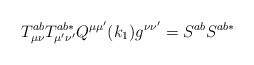
\begin{align*}T_{\mu \nu }^{ab}T_{\mu ^{\prime }\nu ^{\prime }}^{ab*}Q^{\mu \mu ^{\prime}}(k_1)g^{\nu \nu ^{\prime }}=S^{ab}S^{ab*}\end{align*}